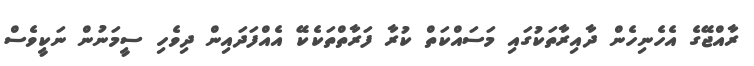
ރާއްޖޭގެ އެހެނިހެން ދާއިރާތަކުގައި މަސައްކަތް ކުރާ ފަރާތްތަކެކޭ އެއްފަދައިން ދިވެހި ސީމަނުން ނަކީވެސް